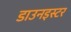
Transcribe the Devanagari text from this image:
डाउनइस्टर